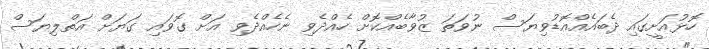
ހޮޅުއަށީގައި ދެބައެއްއޮޑުވިޔަސް ނުވަތަ ޒުވާބެއްކޮށް ހެއްދެވި ނެހެއްދެވި އަށް ގޮވައި ގަޔަށް އަތްލިޔަސް